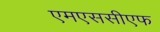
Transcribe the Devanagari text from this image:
एमएससीएफ